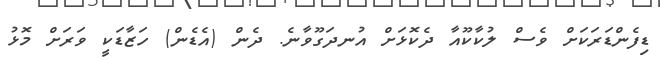
ޑިފެންޑަރަކަށް ވެސް ލުކާކޫއާ ދެކޮޅަށް އުނދަގޫވާނެ. ދެން (އެޑެން) ހަޒާޑަކީ ވަރަށް މޮޅު